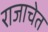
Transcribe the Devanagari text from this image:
राजाचेत